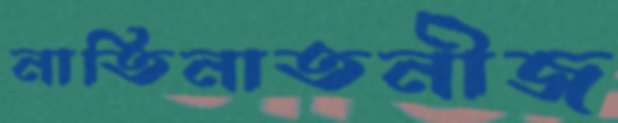
নাতিনাতনীজ